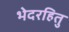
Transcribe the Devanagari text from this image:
भेदरहितु